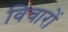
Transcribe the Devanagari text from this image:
विचारों